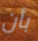
بأن